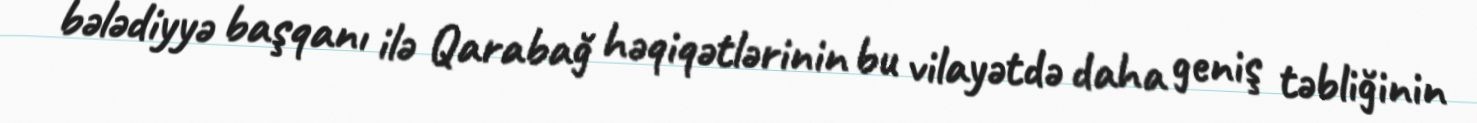
bələdiyyə başqanı ilə Qarabağ həqiqətlərinin bu vilayətdə daha geniş təbliğinin